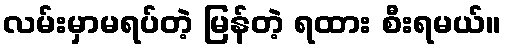
လမ်းမှာမရပ်တဲ့ မြန်တဲ့ ရထား စီးရမယ်။